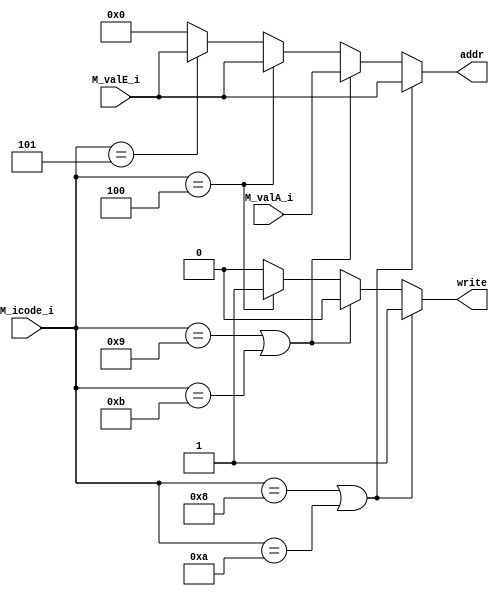
module data_addr ( addr, write, M_valE_i, M_valA_i, M_icode_i);

    output reg [63:0] addr; output reg write;
    
    input wire signed [63:0] M_valE_i; input wire signed [63:0] M_valA_i; input wire [3:0] M_icode_i;
        
    always @(*)
        begin
            if(M_icode_i == 4'H8 || M_icode_i == 4'HA)
                begin
                    write = 1'B1;
                    addr = M_valE_i;
                end
            else if(M_icode_i == 4'H9 || M_icode_i == 4'HB)
                begin
                    write = 1'B0;
                    addr = M_valA_i;
                end
            else if(M_icode_i == 4'H4)
                begin
                    write = 1'B1;
                    addr = M_valE_i;
                end
            else if(M_icode_i == 4'H5)
                begin
                    write = 1'B0;
                    addr = M_valE_i;
                end
            else
                begin
                    write = 1'B0;
                    addr = 64'H0;
                end
        end
endmodule


module mem_data(icode, data_i, valA, valP);

input wire [3:0] icode; input wire [63:0] valP; input wire signed [63:0] valA;

output reg signed [63:0] data_i; 

always @(*)
	begin
		if(icode == 4'H8)
			data_i = valP;
		else if(icode == 4'H4) 
			data_i = valA;
		else
			data_i = 64'H0;
	end
endmodule

module data_mem(data_o, error,check, write, addr, data_i);

input wire write; input wire [63:0] addr; input wire signed [63:0] data_i; 
output reg signed [63:0] data_o; output reg error; output reg signed [63:0] check; 

reg signed [7:0] mem [0:25];

initial
	begin
		error = 1'b0;
		data_o = 64'H0;
	end
	
always @(*)
	begin
		if(addr > 17)
			error = 1'b1;
		else if(write == 1'b0 && addr <= 17)
		begin
			data_o = {mem[addr], mem[addr+1], mem[addr+2], mem[addr+3], mem[addr+4], mem[addr+5], mem[addr+6], mem[addr+7]};
                	error = 1'b0;
		end
		else if(write == 1'b1 && addr <= 17)
		begin
				{mem[addr], mem[addr+1], mem[addr+2], mem[addr+3], mem[addr+4], mem[addr+5], mem[addr+6], mem[addr+7]} = data_i;
                    		error = 1'b0;
		end
		else
			error = error;
			
		check <= {mem[addr], mem[addr+1], mem[addr+2], mem[addr+3], mem[addr+4], mem[addr+5], mem[addr+6], mem[addr+7]};
	end
endmodule